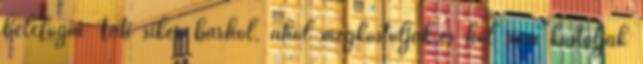
belefogni Tuti siker bárhol, ahol megkóstolják.és hol nem kóstolják